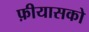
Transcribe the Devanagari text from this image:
फ़ीयासको